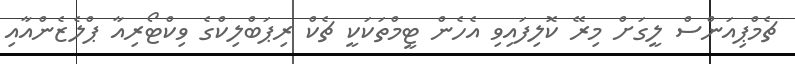
ޗެމްޕިއަންސް ލީގަށް މިރޭ ކޮލިފައިވި އެހެން ޓީމްތަކަކީ ޗެކް ރިޕަބްލިކްގެ ވިކްޓޯރިއާ ޕްލެޒެންއާއި